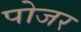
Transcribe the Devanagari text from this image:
पोजर